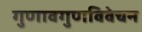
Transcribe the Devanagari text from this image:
गुणावगुणविवेचन